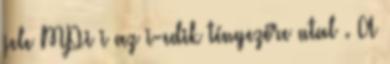
jele MPi i az i-edik tényezőre utal . A